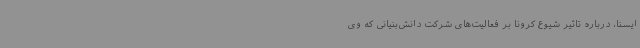
ایسنا، درباره تاثیر شیوع کرونا بر فعالیت‌های شرکت دانش‌بنیانی که وی